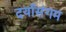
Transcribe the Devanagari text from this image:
दर्यासंगम